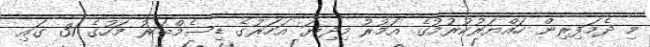
މި ދެމަފިރިން ހައްޔަރުކުރުމުގެ އަމުރު މިދިޔަ އަހަރުގެ ޑިސެމްބަރު މަހުގެ 31 ގައި